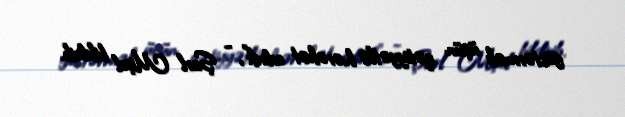
göstərmək üçün qətiyyətlə hərəkət edirik”, - Şarl Mişel bildirib.